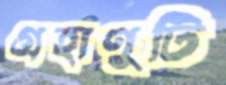
গ্রহাণুটি